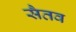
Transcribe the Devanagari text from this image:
सैतव